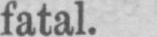
fatal.